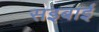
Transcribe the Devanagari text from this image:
सइबाई